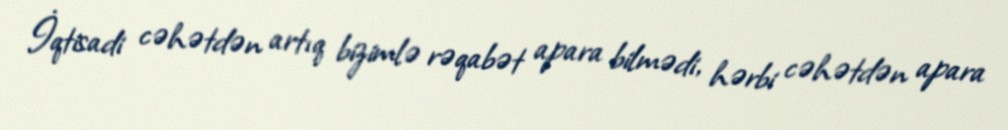
İqtisadi cəhətdən artıq bizimlə rəqabət apara bilmədi, hərbi cəhətdən apara